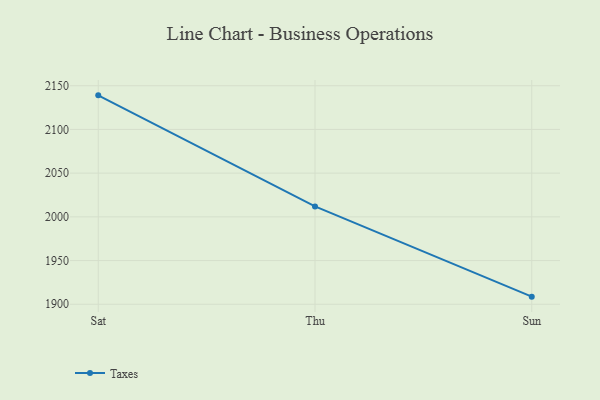
{"axis": {"x": "Day", "y": "Production Output"}, "legend": ["Taxes"], "data": [{"x": "Sat", "y": 2139.0, "type": "Taxes"}, {"x": "Thu", "y": 2011.9, "type": "Taxes"}, {"x": "Sun", "y": 1908.7, "type": "Taxes"}]}